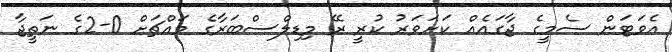
އެވަޓަން ސެމީގެ ޖާގައެއް ކަށަވަރު ކުރީ ރޭ މިޑިލްސްބަރާގެ މައްޗަށް 0-2ގެ ނަތީޖާ